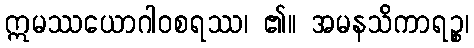
ဣမဿယောဂါဝစရဿ၊ ၏။ အမနသိကာရဉ္စ၊